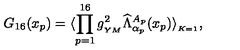
G _ { 1 6 } ( x _ { p } ) = \langle \prod _ { p = 1 } ^ { 1 6 } g _ { _ { Y M } } ^ { 2 } \widehat \Lambda _ { \alpha _ { p } } ^ { A _ { p } } ( x _ { p } ) \rangle _ { _ { K = 1 } } ,